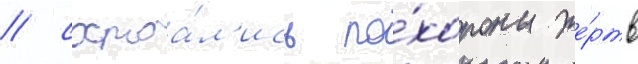
/ состоа́л'ись по́хороны же́ртв